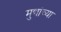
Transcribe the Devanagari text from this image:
मुद्यांच्या